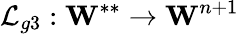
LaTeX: \mathcal{L}_{g3}:\textbf{W}^{**}\to\textbf{W}^{n+1}